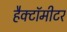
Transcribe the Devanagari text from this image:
हैक्टॉमीटर